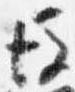
後